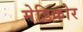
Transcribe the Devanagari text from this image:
मेडिकोर